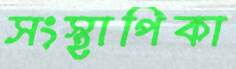
সংস্থাপিকা